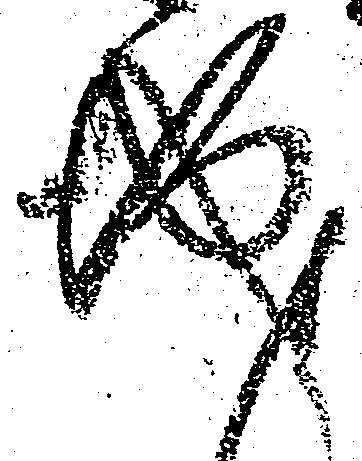
城